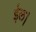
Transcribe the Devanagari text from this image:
ईल।